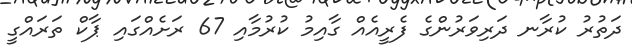
ދަތުރު ކުރާނ ދަރިވަރުންގެ ފެރީއެއް ގާއިމު ކުރުމާއި 67 ރަށެއްގައި ޕާކް ތަރައްގީ